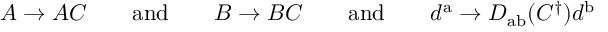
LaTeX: A \rightarrow A C \qquad { \mathrm { a n d } } \qquad B \rightarrow B C \qquad { \mathrm { a n d } } \qquad d ^ { \mathrm { a } } \rightarrow D _ { \mathrm { a b } } ( C ^ { \dagger } ) d ^ { \mathrm { b } }